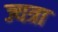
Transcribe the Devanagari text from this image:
ज्यत्रा